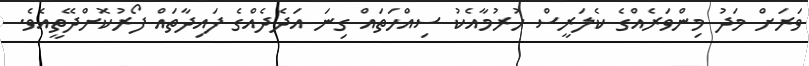
ވަރަށް މަދު މިންވަރެއްގެ ކެލަރީސް ހުރުމާއެކު ސިއްހަތައް ގިނަ އަދެދެއްގެ ފައިދާތައް ފޯރުކޮށްދޭތީއެވެ.